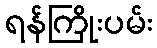
ရန်ကြိုးပမ်း